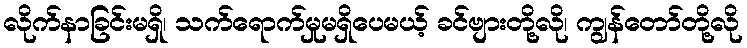
လိုက်နာခြင်းမရှိ၊ သက်ရောက်မှုမရှိပေမယ့် ခင်ဗျားတို့လို၊ ကျွန်တော်တို့လို